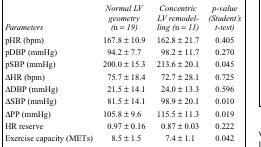
<table><thead><tr><td><b><i>Parameters</i></b></td><td><b><i>Normal LV geometry (n = 19)</i></b></td><td><b><i>Concentric LV remodelling (n = 11)</i></b></td><td><b><i>p-value (Student’s t-test)</i></b></td></tr></thead><tbody><tr><td>pHR (bpm)</td><td>167.8 ± 10.9</td><td>162.8 ± 21.7</td><td>0.405</td></tr><tr><td>pDBP (mmHg)</td><td>94.2 ± 7.7</td><td>98.2 ± 11.7</td><td>0.270</td></tr><tr><td>pSBP (mmHg)</td><td>200.0 ± 15.3</td><td>213.6 ± 20.1</td><td>0.045</td></tr><tr><td>ΔHR (bpm)</td><td>75.7 ± 18.4</td><td>72.7 ± 28.1</td><td>0.725</td></tr><tr><td>ΔDBP (mmHg)</td><td>21.5 ± 14.1</td><td>24.0 ± 13.3</td><td>0.596</td></tr><tr><td>ΔSBP (mmHg)</td><td>81.5 ± 14.1</td><td>98.9 ± 20.1</td><td>0.010</td></tr><tr><td>ΔPP (mmHg)</td><td>105.8 ± 9.6</td><td>115.5 ± 11.3</td><td>0.019</td></tr><tr><td>HR reserve</td><td>0.97 ± 0.16</td><td>0.87 ± 0.03</td><td>0.222</td></tr><tr><td>Exercise capacity (METs)</td><td>8.5 ± 1.5</td><td>7.4 ± 1.1</td><td>0.042</td></tr></tbody></table>